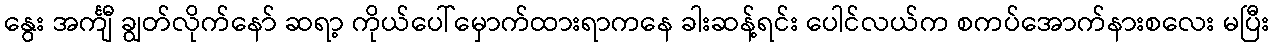
နွေး အင်္ကျီ ချွတ်လိုက်နော် ဆရာ့ ကိုယ်ပေါ်မှောက်ထားရာကနေ ခါးဆန့်ရင်း ပေါင်လယ်က စကပ်အောက်နားစလေး မပြီး